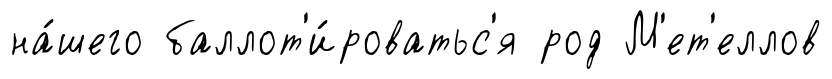
на́шего баллот'и́роватьс'я род М'ет'еллов